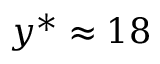
y ^ { * } \approx 1 8